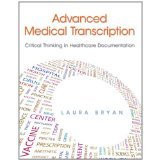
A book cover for ADVANCED TRANSCRIPTION MODULE{ MEDICAL TRANSCRIPTION HOME STUDY COURSE} BY ANDREA ANAYA; CAREER STEP; Medical Books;